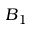
B _ { 1 }